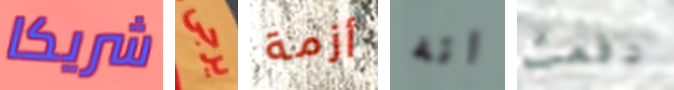
شريكا يرجى أزمة انه دفعت